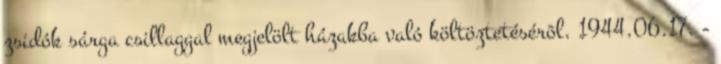
zsidók sárga csillaggal megjelölt házakba való költöztetésérõl. 1944.06.17. -